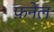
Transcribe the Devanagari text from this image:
फ़नेल